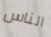
الناس